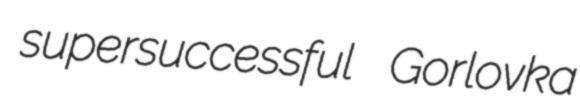
supersuccessful Gorlovka